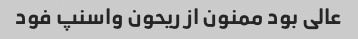
عالی بود ممنون از ریحون واسنپ فود